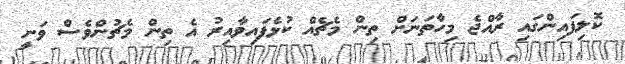
ކޮލިފައިންގައި ރާއްޖެ މިހާތަނަށް ތިން މެޗެއް ކުޅެފައިވާއިރު އެ ތިން މެޗުންވެސް ވަނީ